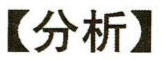
【分析】